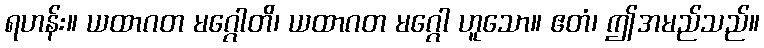
ရဟန်း။ ယထာဂတ မဂ္ဂေါတိ၊ ယထာဂတ မဂ္ဂေါ ဟူသော။ ဧတံ၊ ဤအမည်သည်။